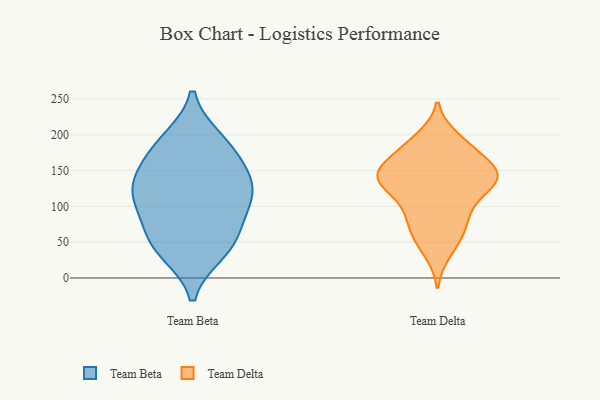
{"axis": {"x": "Population (Million)", "y": "Value"}, "legend": ["Team Beta", "Team Delta"], "data": [{"x": "", "y": 192, "type": "Team Beta"}, {"x": "", "y": 127, "type": "Team Beta"}, {"x": "", "y": 185, "type": "Team Beta"}, {"x": "", "y": 47, "type": "Team Beta"}, {"x": "", "y": 78, "type": "Team Beta"}, {"x": "", "y": 50, "type": "Team Beta"}, {"x": "", "y": 128, "type": "Team Beta"}, {"x": "", "y": 139, "type": "Team Beta"}, {"x": "", "y": 110, "type": "Team Beta"}, {"x": "", "y": 168, "type": "Team Beta"}, {"x": "", "y": 37, "type": "Team Beta"}, {"x": "", "y": 106, "type": "Team Beta"}, {"x": "", "y": 36, "type": "Team Delta"}, {"x": "", "y": 99, "type": "Team Delta"}, {"x": "", "y": 143, "type": "Team Delta"}, {"x": "", "y": 141, "type": "Team Delta"}, {"x": "", "y": 170, "type": "Team Delta"}, {"x": "", "y": 76, "type": "Team Delta"}, {"x": "", "y": 195, "type": "Team Delta"}, {"x": "", "y": 132, "type": "Team Delta"}, {"x": "", "y": 147, "type": "Team Delta"}, {"x": "", "y": 92, "type": "Team Delta"}, {"x": "", "y": 147, "type": "Team Delta"}, {"x": "", "y": 68, "type": "Team Delta"}, {"x": "", "y": 141, "type": "Team Delta"}, {"x": "", "y": 55, "type": "Team Delta"}, {"x": "", "y": 181, "type": "Team Delta"}, {"x": "", "y": 152, "type": "Team Delta"}, {"x": "", "y": 121, "type": "Team Delta"}, {"x": "", "y": 187, "type": "Team Delta"}, {"x": "", "y": 129, "type": "Team Delta"}]}